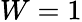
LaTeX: W=1